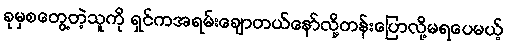
ခုမှစတွေ့တဲ့သူကို ရှင်ကအရမ်းချောတယ်နော်လို့တန်းပြောလို့မရပေမယ့်